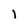
Character: l